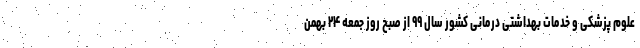
علوم پزشکی و خدمات بهداشتی درمانی کشور سال ۹۹ از صبح روز جمعه ۲۴ بهمن